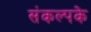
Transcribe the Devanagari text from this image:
संकल्पके